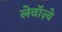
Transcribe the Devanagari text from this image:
लेवॉज़्ये